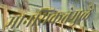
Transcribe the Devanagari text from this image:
मानसिकतेमुळे